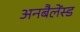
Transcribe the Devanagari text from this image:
अनबैलेंस्ड